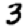
Digit: 3